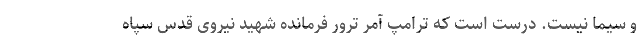
و سیما نیست. درست است که ترامپ آمر ترور فرمانده شهید نیروی قدس سپاه